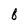
Character: B